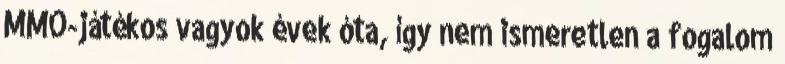
MMO-játékos vagyok évek óta, így nem ismeretlen a fogalom